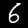
Digit: 6